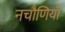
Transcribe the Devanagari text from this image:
नचौणियाँ